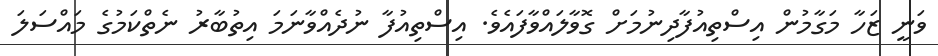
ވަނީ ޒަހާ މަގާމުން އިސްތިއުފާދިނުމަށް ގޮވާލައްވާފައެވެ. އިސްތިއުފާ ނުދެއްވާނަމަ އިތުބާރު ނެތްކަމުގެ މައްސަލަ